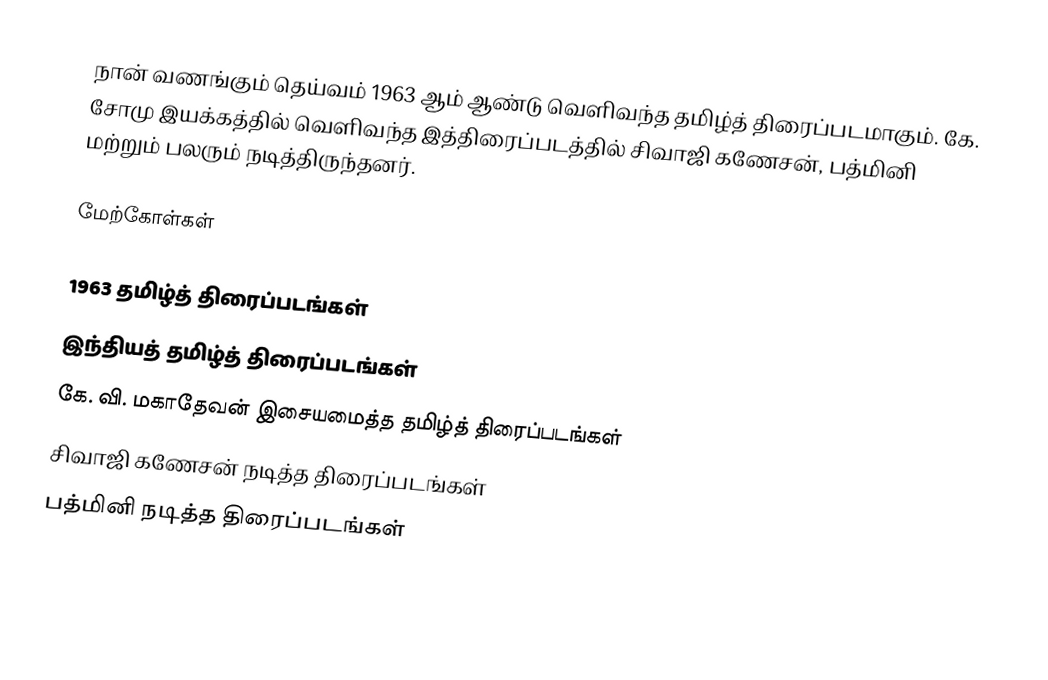
நான் வணங்கும் தெய்வம் 1963 ஆம் ஆண்டு வெளிவந்த தமிழ்த் திரைப்படமாகும். கே. சோமு இயக்கத்தில் வெளிவந்த இத்திரைப்படத்தில் சிவாஜி கணேசன், பத்மினி மற்றும் பலரும் நடித்திருந்தனர்.

மேற்கோள்கள்

1963 தமிழ்த் திரைப்படங்கள்
இந்தியத் தமிழ்த் திரைப்படங்கள்
கே. வி. மகாதேவன் இசையமைத்த தமிழ்த் திரைப்படங்கள்
சிவாஜி கணேசன் நடித்த திரைப்படங்கள்
பத்மினி நடித்த திரைப்படங்கள்